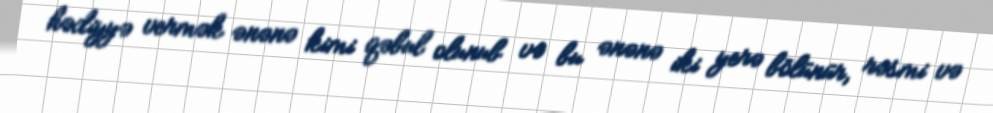
hədiyyə vermək ənənə kimi qəbul olunub və bu ənənə iki yerə bölünür, rəsmi və